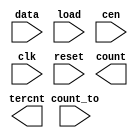
////////////////////////////////////////////////////////////////////////////////
//
//       This confidential and proprietary software may be used only
//     as authorized by a licensing agreement from Synopsys Inc.
//     In the event of publication, the following notice is applicable:
//
//                    (C) COPYRIGHT 1994 - 2016 SYNOPSYS INC.
//                           ALL RIGHTS RESERVED
//
//       The entire notice above must be reproduced on all authorized
//     copies.
//
//
// VERSION:   Simulation Architecture
//
// DesignWare_version: 46889a93
// DesignWare_release: K-2015.06-DWBB_201506.5.2
//
////////////////////////////////////////////////////////////////////////////////
//-----------------------------------------------------------------------------------
//
// ABSTRACT:  LFSR Counter with Dynamic Count-to Flag
//           Programmable wordlength (width in integer range 1 to 50)
//           positive edge-triggering clock: clk
//           asynchronous reset(active low): reset
//           count state : count
//           when reset = '0' , count <= "000...000"
//           counter state 0 to 2**width-2, "111...111" illegal state
//
// MODIFIED:
//
//           RJK Jun. 16th, 2015
//           changed for compatibility with VCS Native Low Power
//
//           GN  Feb. 16th, 1996
//           changed dw03 to DW03
//           remove $generic and $end_generic
//           defined parameter width = 8
//------------------------------------------------------------------------------

module DW03_lfsr_dcnto
 (data, count_to, load, cen, clk, reset, count, tercnt);

  parameter width = 8 ;
  input [width-1 : 0] data;
  input [width-1 : 0] count_to;
  input load, cen, clk, reset;
  output [width-1 : 0] count;
  output tercnt;

  // synopsys translate_off

  reg right_xor, shift_right, tc;
  reg [width-1 : 0] q, de, d;

`ifdef UPF_POWER_AWARE
`protected
82O2++5,?FFcB-0WB=^+P9N6MO6O_MeEJ[LEVL;,5/TW.b>Z?^D\+)Y(Q(-_H+?E
QWTO864/,S[Be#A,W1D3/,+[eZ8MUc^F:b&,>BL+aDgF43OH(]gW2@<\\#5P(X73
QR^0bCQ/H(0RLMCZXb)K]UO4)(\.a?:4C72E[WSI;(dQ=4GCGSA&23A/[C(COeK^
LL\5YT]Jeb]RXBLX(6YbTWEGc&?GWZ,-Q92A0.5O94/_(T^8P7++X#g1d_CgQ/RQ
5K[./ee(5#/\^B=VAQ\CL_7=0fN1XJ4(./ODCIP:ERKD\cOF^fgV?S>GNK>W;16=
Z,KZG0Z6,PE\I8X/7-eH)\\GBN7b504:e,61APTC1Ia.ARP,76POe<A;\[5@M.RQ
[Od5eFV/36OLa/H;Y&#dBeNAg>)UM^b6Y9]&(_[]N7=CEaOHZ42cZ_/aIDVXC2g&
bQ#[CN+=[K6g,J9[)HWSF9&MEWB@+8)B1(20b:)?)(3L-HFM&-b+?80QW\?EI@5G
1-CKBb=e<4?<61cQGbSGB;U-WHNCSVgLW7P[Y0<F1eDK2[MA+P1,1URTYF8e9;9P
/?HMB8[eQ/GHGV#Xc[d6_fQ7=7LQ6XXQN<a,X0c3)?2EU^3RaM4P=0=_4S;EV84\
+\S8:[T76a3+2Lb+C^NECDLVBa:(+DCGR#)::3WMT2;29KQ1b50a4Ob<e5W-@L#d
R5b>d4G8P3aAEC:Z^?d8d,O&.00APCS\EI8c0=bH+d.3&CS+/d4>VM=PN+.Ga7e-
e&P5Sc(Gd=E#FL>aWJ=@>>=XT5]SR\HD,)P9W\bI/;Fa=\1G6,FM@QMa1N6Id9>&
=IQdF>Q7+eeUaSc;2T14;;#We/@ECP)9[[R@#:I8,9D]PCG\2X8d+=1@c-[GEDF4
:c59-LH1_F,0,^FFdU<eH[[MaTE_4QB4M3Z9,H3P3R^HW]MWVU4@.gMLIG@K3LEd
7^O2&YAC5DV3DR-GELXQ@6fJU3V2/&3LHVLW&)WDZQJ7Db<)(OF/Z_eANN,cc3BL
;:\aB3VZSMbE:O=&X6T<\G@[DcR=-e86P/@c4\I/K[I]aa\<E)[>+YY&cRbb:e67
8W;CUKJ.3^4gVR7JS@(=H8#-KNf]1fC2^P<7VG,C)#Yb=,aITegP(-YX]\?2@-aC
WTIR[?CV/0(MC^J931^/BI\-)#HO_9ZL]0g(CW),c-6g.-]C27YRY/LHO3W_UXWb
.24.&&.,U06##LSYfdRAFNCAVN^QB&gCc6<)4VXYJS]?d5ABFK]P40A.O[=V?08J
K+W)D)X-<(\PXKC6V(O;H@<f2E9bPS_(S6g#16gU+@Z0-HN5@PJcJS7DF0<O44>O
_Cd2[0I-5NdU^/\#U>JSFIN\XT,76RB[9-U=Z5EMbGJ,eOGS/<aYaH0YN.ANGWHF
?TK4\A#P)g745_QSW3-GeXGC<e2NU0c0#P.?40OJHcb04HfcTgTf=,QZceOEU<#E
W1CT5)1<BENT(J+3-,)[9aD>),Y8DGSV_fT8-QT1A.#YA6C5^90YO:gT^_0d9AL6
)Yf9.Ng6K^M2EdAee)##dN:2LSEJ0gJI)5(&U)#A@9C7M0.U+1FG0L^VP4aL##3(
W2P+fAH3JXRcMZWJAJAa#LJC2.9@JAUA0K8@fJ&.Y<3f(2TAWR<:b31X+>^,7QNV
YE,;UDE=&JTdeIJf&PBSJgY]86W>8\(#aW\-(0^0M;M2]Q^3OJ;^32L1DUDN=T[U
A>+aS_1JM3/agR1Z,T)6JO-C228_UJ+f0e_@#)-ULU-FH\1&(:d@[2-D-_.gCMW(
g\?a9e3TV,3Ad^dLA3R]V7eP77.[aH6@:$
`endprotected

`else
  reg [width-1 : 0] p;
`endif

  function [width-1 : 0] shr;
    input [width-1 : 0] a;
    input msb;
    reg [width-1 : 0] b;
    begin
      b = a >> 1;
      b[width-1] = msb;
      shr = b;
    end
  endfunction

  assign count = q;
  assign tercnt = tc;

`ifndef UPF_POWER_AWARE
  initial
    begin
    case (width)
      1: p = 1'b1;
      2,3,4,6,7,15,22: p = 'b011;
      5,11,21,29,35: p = 'b0101;
      10,17,20,25,28,31,41: p = 'b01001;
      9,39: p = 'b010001;
      23,47: p = 'b0100001;
      18: p = 'b010000001;
      49: p = 'b01000000001;
      36: p = 'b0100000000001;
      33: p = 'b010000000000001;
      8,38,43: p = 'b01100011;
      12: p = 'b010011001;
      13,45: p = 'b011011;
      14: p = 'b01100000000011;
      16: p = 'b0101101;
      19: p = 'b01100011;
      24: p = 'b011011;
      26,27: p = 'b0110000011;
      30: p = 'b011000000000000011;
      32,48: p = 'b011000000000000000000000000011;
      34: p = 'b01100000000000011;
      37: p = 'b01010000000101;
      40: p = 'b01010000000000000000101;
      42: p = 'b0110000000000000000000011;
      44,50: p = 'b01100000000000000000000000011;
      46: p = 'b01100000000000000000011;
      default p = 'bx;
    endcase
    end
`endif

  always
    begin: proc_shr
      right_xor = (width == 1) ? ~ q[0] : ^ (q & p);
      shift_right = ~ right_xor;
      @q;
    end // proc_shr

  always
    @(load or cen or shift_right or q or data)
    begin
      de = load ? shr(q,shift_right) : data;
      d = cen ? de : q;
    end

  always @(posedge clk or negedge reset) 
    begin
      if (reset === 1'b0) 
        begin 
          q <= 0;
	end
      else 
	begin
          q <= d;
	end
    end

  always @(count_to or q) tc = count_to == q;

  //---------------------------------------------------------------------------
  // Parameter legality check
  //---------------------------------------------------------------------------
  
 
  initial begin : parameter_check
    integer param_err_flg;

    param_err_flg = 0;
    
    
    if ( (width < 1) || (width > 50) ) begin
      param_err_flg = 1;
      $display(
	"ERROR: %m :\n  Invalid value (%d) for parameter width (legal range: 1 to 50)",
	width );
    end
  
    if ( param_err_flg == 1) begin
      $display(
        "%m :\n  Simulation aborted due to invalid parameter value(s)");
      $finish;
    end

  end // parameter_check 


  // synopsys translate_on

endmodule // DW03_lfsr_dcnto